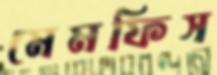
মেমফিস